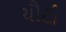
ચૌટી